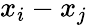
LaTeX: x_{i}-x_{j}